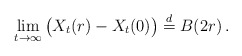
\begin{align*} \lim_{t \to \infty}\big(X_t(r)-X_t(0)\big)\stackrel{d}{=}B(2r)\,.\end{align*}